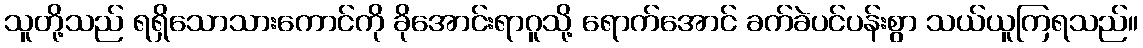
သူတို့သည် ရရှိသောသားကောင်ကို ခိုအောင်းရာဂူသို့ ရောက်အောင် ခက်ခဲပင်ပန်းစွာ သယ်ယူကြရသည်။